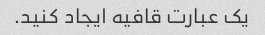
یک عبارت قافیه ایجاد کنید.